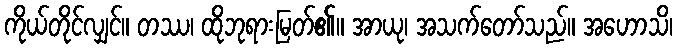
ကိုယ်တိုင်လျှင်။ တဿ၊ ထိုဘုရားမြတ်၏။ အာယု၊ အသက်တော်သည်။ အဟောသိ၊